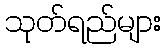
သုတ်ရည်များ